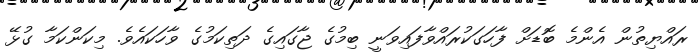
ރައްޔިތުން އެންމެ ބޮޑަށް ފާހަގަކުރައްވާފައިވަނީ ބިމުގެ ޖާގައިގެ ދަތިކަމުގެ ވާހަކައެވެ. މިކަންކަމާ ގުޅޭ